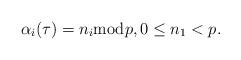
LaTeX: \begin{align*}\alpha_{i}(\tau)=n_{i} {\rm mod} p, 0\leq n_{1}<p.\end{align*}